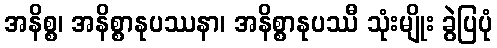
အနိစ္စ၊ အနိစ္စာနုပဿနာ၊ အနိစ္စာနုပဿီ သုံးမျိုး ခွဲပြပုံ